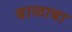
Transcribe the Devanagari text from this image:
बाळाबा